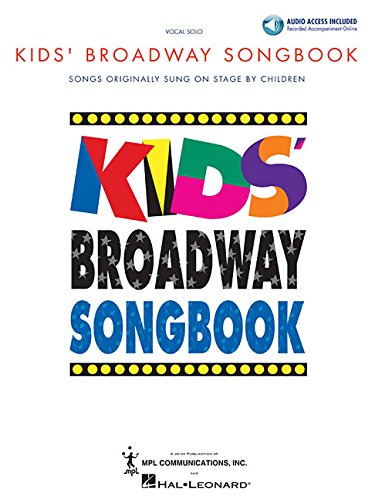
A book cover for Kids' Broadway Songbook (Book/Online Audio) (Vocal Collection); Humor & Entertainment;